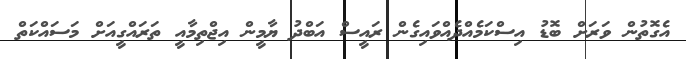
އެގޮތުން ވަރަށް ބޮޑު އިސްކަމެއްދެއްވައިގެން ރައީސް އަބްދު ޔާމީން އިޖްތިމާއީ ތަރައްގީއަަށް މަސައްކަތް